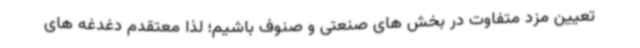
تعیین مزد متفاوت در بخش های صنعتی و صنوف باشیم؛ لذا معتقدم دغدغه های